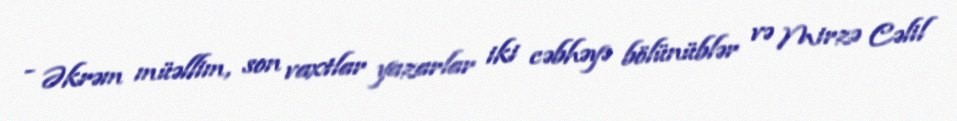
- Əkrəm müəllim, son vaxtlar yazarlar iki cəbhəyə bölünüblər və Mirzə Cəlil